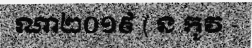
ណា២០១៩ ( ន កូវ -